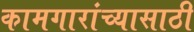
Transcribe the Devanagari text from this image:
कामगारांच्यासाठी